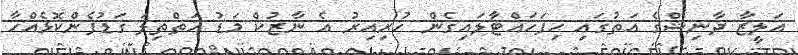
އަލީޒާ ދާނިޝްގެ އަތުގައި ހިފަހައްޓާލައިގެން ހުރިއިރު އެ ނާޒުކް މަޑު އަތްތިލަ ގަޑުފެންކޮޅެއްހާ